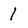
Character: l